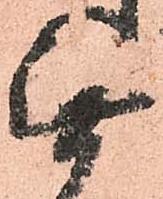
無